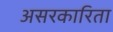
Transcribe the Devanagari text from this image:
असरकारिता